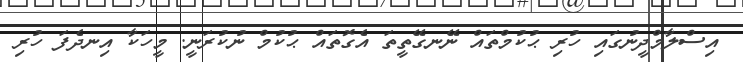
އިސްލާމްދީނުގައި ހުރި ޙުކުމްތައް ނޭނގޭތީތަ އެގޮތައް ޙުކުމް ނުކުރަނީ. މީހަކާ އިނދެފަ ހުރި